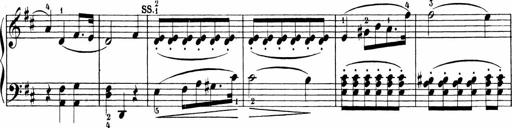
Title: 6 Sonatinas
Composer: Carl Reinecke